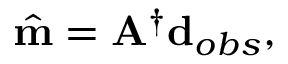
\hat { \mathbf { m } } = \mathbf { A } ^ { \dagger } \mathbf { d } _ { o b s } ,